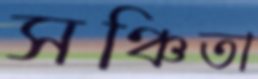
সঞ্চিতা